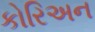
કોરિઅન